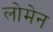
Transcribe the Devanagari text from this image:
लोमेन